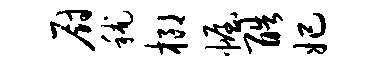
厨秫榔幄酷妃